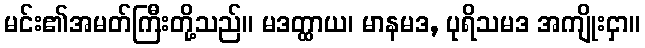
မင်း၏အမတ်ကြီးတို့သည်။ မဒတ္ထာယ၊ မာနမဒ, ပုရိသမဒ အကျိုးငှာ။